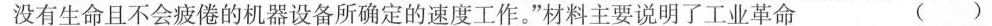
没有生命且不会疲倦的机器设备所确定的速度工作。”材料主要说明了工业革命 ()